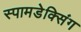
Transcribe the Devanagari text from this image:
स्पामडेक्सिंग